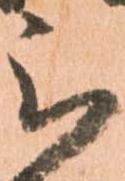
被